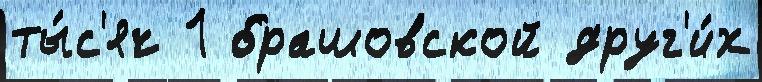
ты́с'яч 1 брашовской друг'и́х